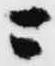
ニ